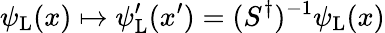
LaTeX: \psi_{\mathrm{{L}}}(x)\mapsto\psi_{\mathrm{{L}}}^{\prime}(x^{\prime})=(S^{\dagger})^{-1}\psi_{\mathrm{{L}}}(x)